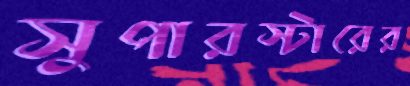
সুপারস্টারের